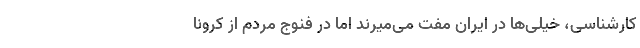
کارشناسی، خیلی‌ها در ایران مفت می‌میرند اما در فنوج مردم از کرونا